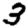
Digit: 3